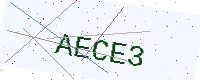
Text: AECE3